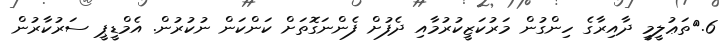
6.	ތަޢުލީމީ ދާއިރާގެ ހިންގުން މަރުކަޒީކުރުމާއި ދެފުށް ފެންނަގޮތަށް ކަންކަން ނުކުރުން. އެމްޑީޕީ ސަރުކާރުން